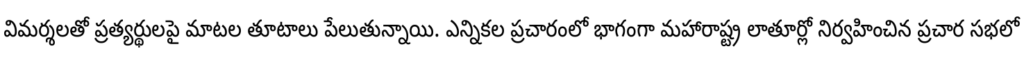
విమర్శలతో ప్రత్యర్థులపై మాటల తూటాలు పేలుతున్నాయి. ఎన్నికల ప్రచారంలో భాగంగా మహారాష్ట్ర లాతూర్లో నిర్వహించిన ప్రచార సభలో